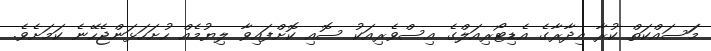
މަަސައްކަތް ކުރާ އިދާރާގެ އެޑިޓޯރިއަލްގެ އިސްވެރިއަކު ސޮއި ކޮށްފައިވާ ލިޔުމެއް ހުށަހަޅަންޖެހޭނެ ކަމަށެވެ.